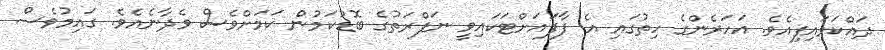
ދައްކަވައިފިއެވެ. އަހަރެންގެ ހިތުގައި އެ ފާފައަށްޓަކައިވީ ނަފްރަތުގެ ބޮޑުކަމުން ކަމަށްވެސް ވެދާނެއެވެ. ގައިމުވެސް